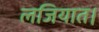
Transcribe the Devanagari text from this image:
लजियात।